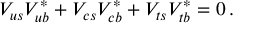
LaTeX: V _ { u s } V _ { u b } ^ { * } + V _ { c s } V _ { c b } ^ { * } + V _ { t s } V _ { t b } ^ { * } = 0 \, .